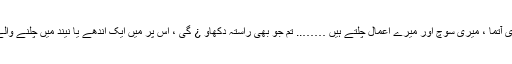
”تمھارے مطابق میری آتما ، میری سوچ اور میرے اعمال چلتے ہیں …….. تم جو بھی راستہ دکھاو ¿ گی ، اس پر میں ایک اندھے یا نیند میں چلنے والے کی طرح چلوں گا ۔